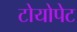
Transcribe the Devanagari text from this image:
टोयोपेट